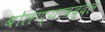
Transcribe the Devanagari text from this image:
बोलण्याबद्दल